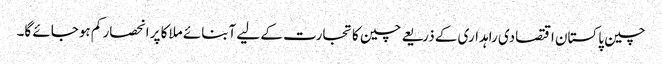
چین پاکستان اقتصادی راہداری کے ذریعے چین کا تجارت کے لیے آبنائے ملاکا پر انحصار کم ہوجائے گا۔